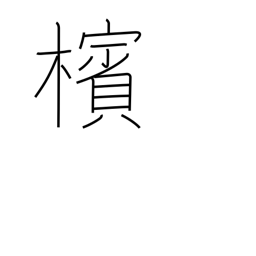
Meaning: betel-nut palm